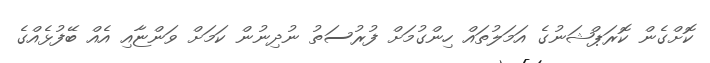
ކޮށްގެން ކޮރަޕްޝަނުގެ އަމަލުތައް ހިންގުމަށް ފުރުސަތު ނުދިނުން ކަމަށް ވަންޏާއި އެއް ބޭފުޅެއްގެ